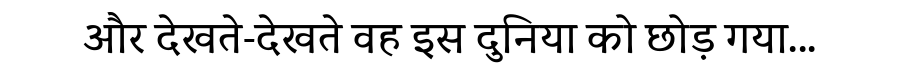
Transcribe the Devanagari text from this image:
और देखते-देखते वह इस दुनिया को छोड़ गया...